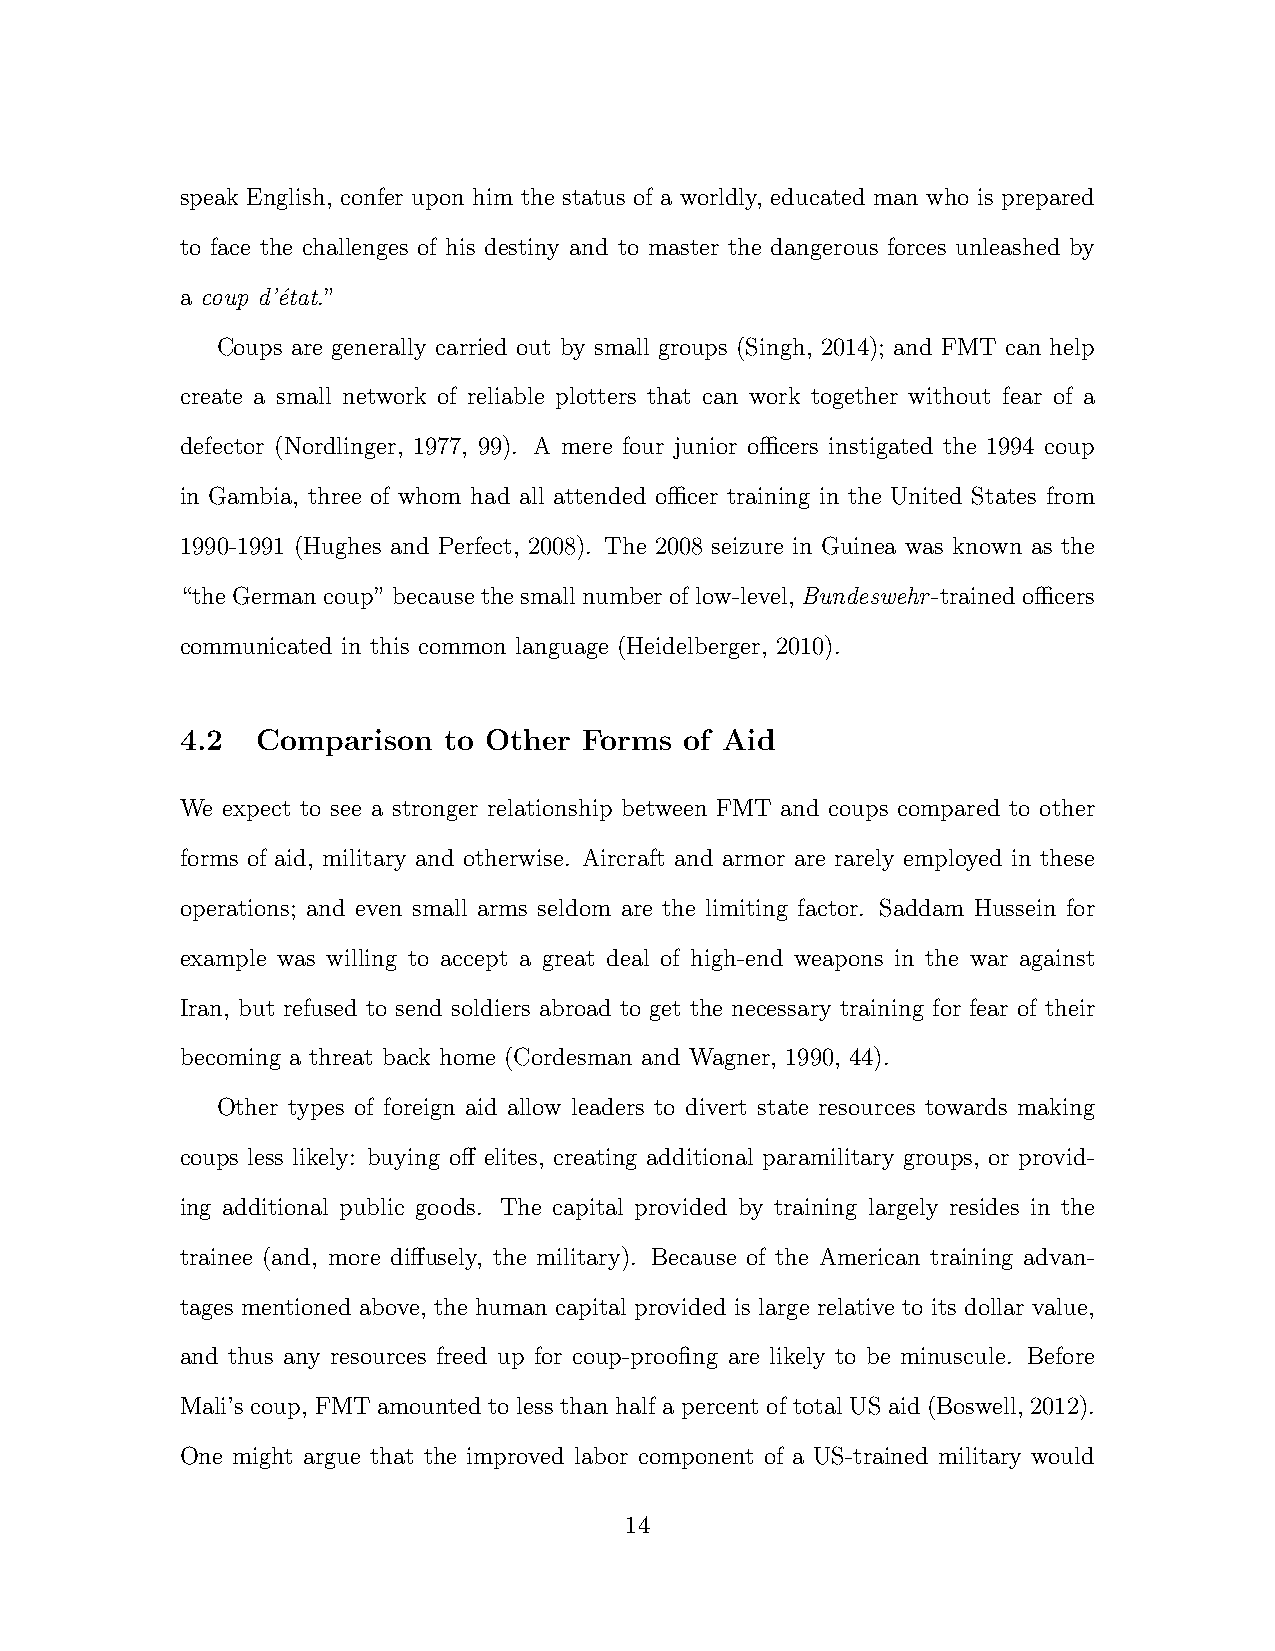
speak English, confer upon him the status of a worldly, educated man who is prepared
 to face the challenges of his destiny and to master the dangerous forces unleashed by
 a coup d’´etat.”
 Coups are generally carried out by small groups (Singh, 2014); and FMT can help
 create a small network of reliable plotters that can work together without fear of a
 defector (Nordlinger, 1977, 99). A mere four junior ocers instigated the 1994 coup
 in Gambia, three of whom had all attended ocer training in the United States from
 1990-1991 (Hughes and Perfect, 2008). The 2008 seizure in Guinea was known as the
 “the German coup” because the small number of low-level, Bundeswehr-trained ocers
 communicated in this common language (Heidelberger, 2010).
 4.2  Comparison  to Other  Forms of Aid
 We expect to see a stronger relationship between FMT and coups compared to other
 forms of aid, military and otherwise. Aircraft and armor are rarely employed in these
 operations; and even small arms seldom are the limiting factor. Saddam Hussein for
 example was willing to accept a great deal of high-end weapons in the war against
 Iran, but refused to send soldiers abroad to get the necessary training for fear of their
 becoming a threat back home (Cordesman and Wagner, 1990, 44).
 Other types of foreign aid allow leaders to divert state resources towards making
 coups less likely: buying o↵ elites, creating additional paramilitary groups, or provid-
 ing additional public goods. The capital provided by training largely resides in the
 trainee (and, more di↵usely, the military). Because of the American training advan-
 tages mentioned above, the human capital provided is large relative to its dollar value,
 and thus any resources freed up for coup-proofing are likely to be minuscule. Before
 Mali’s coup, FMT amounted to less than half a percent of total US aid (Boswell, 2012).
 One might argue that the improved labor component of a US-trained military would
 14